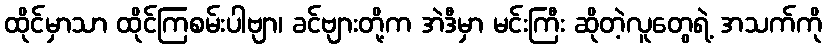
ထိုင်မှာသာ ထိုင်ကြစမ်းပါဗျာ၊ ခင်ဗျားတို့က အဲဒီမှာ မင်းကြီး ဆိုတဲ့လူတွေရဲ့ အသက်ကို